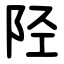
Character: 陉